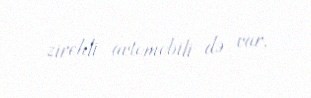
zirehli avtomobili də var.